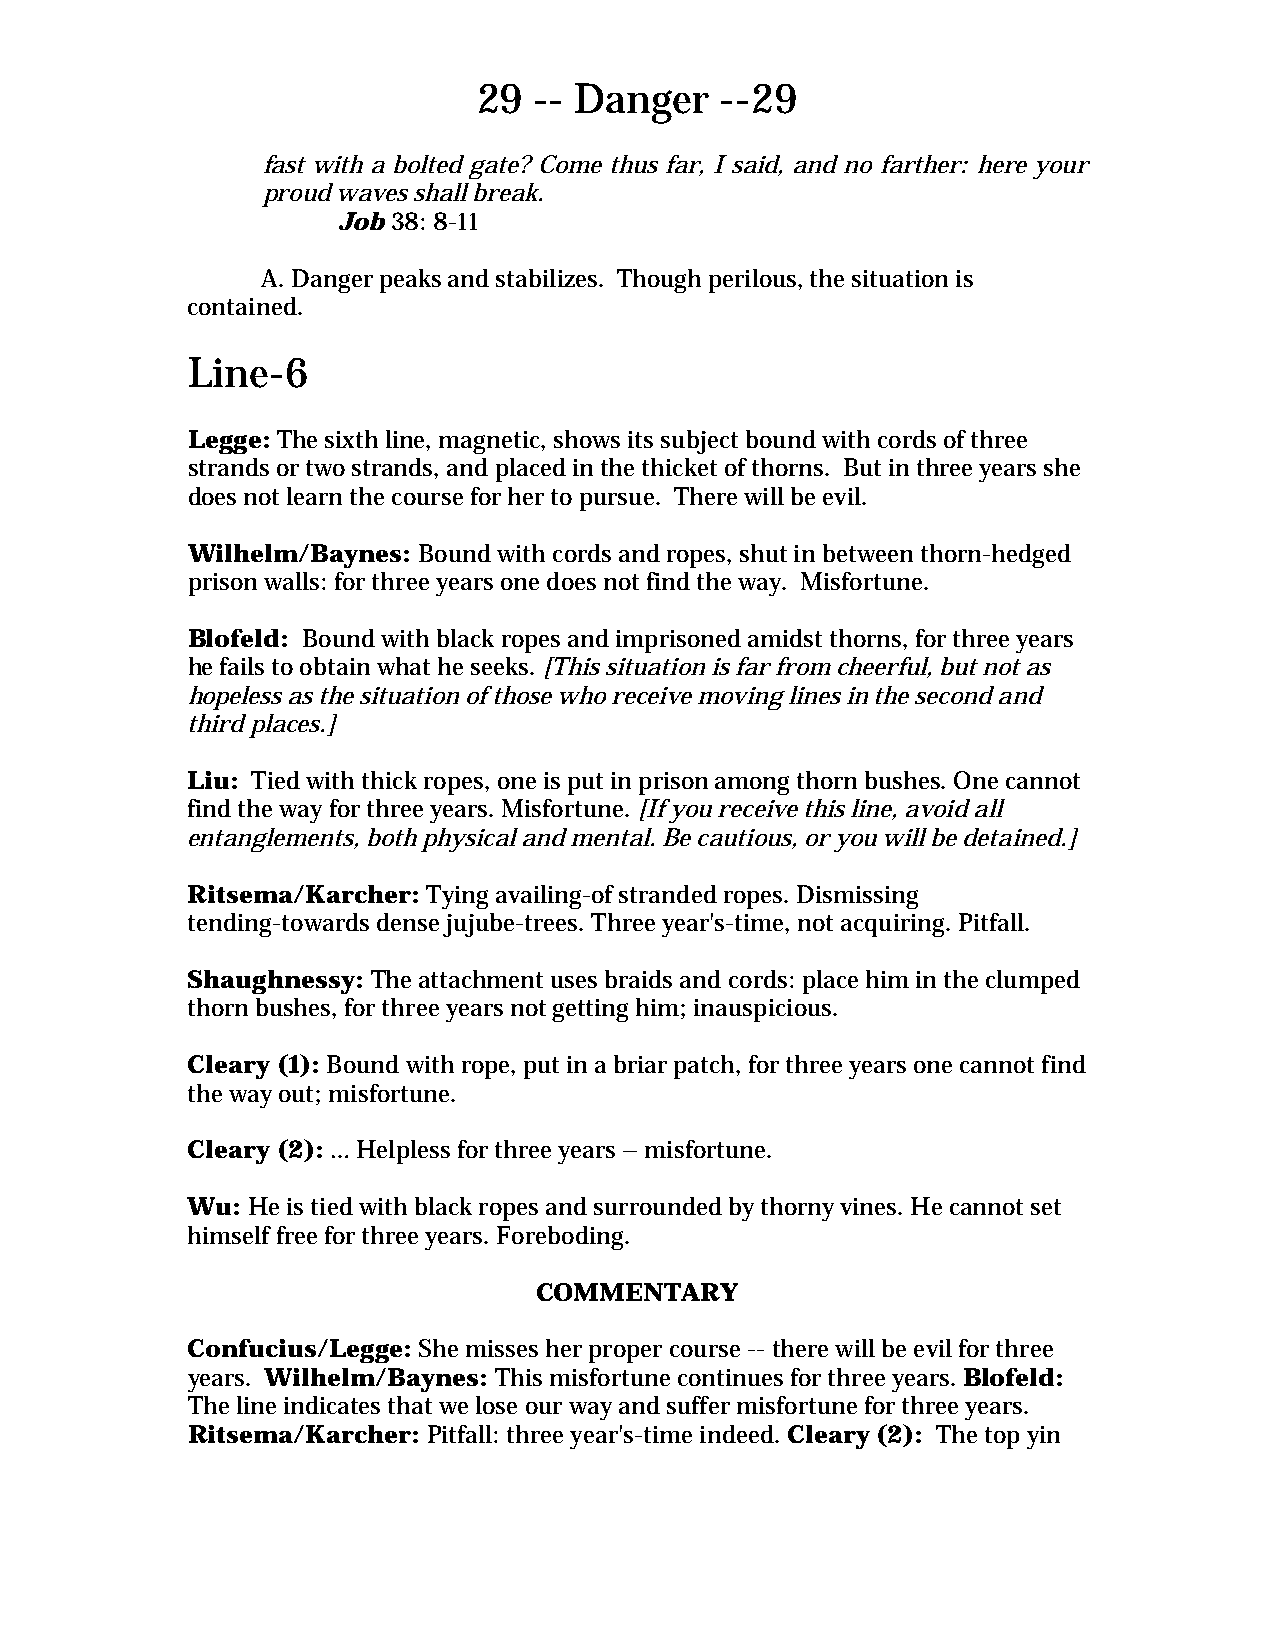
29 -- Danger    --29
 fast with a bolted gate? Come thus far, I said, and no farther: here your
 proud waves shall break.
 Job 38: 8-11
 A. Danger peaks and stabilizes. Though perilous, the situation is
 contained.
 Line-6
 Legge: The sixth line, magnetic, shows its subject bound with cords of three
 strands or two strands, and placed in the thicket of thorns. But in three years she
 does not learn the course for her to pursue. There will be evil.
 Wilhelm/Baynes: Bound with cords and ropes, shut in between thorn-hedged
 prison walls: for three years one does not find the way. Misfortune.
 Blofeld: Bound with black ropes and imprisoned amidst thorns, for three years
 he fails to obtain what he seeks. [This situation is far from cheerful, but not as
 hopeless as the situation of those who receive moving lines in the second and
 third places.]
 Liu: Tied with thick ropes, one is put in prison among thorn bushes. One cannot
 find the way for three years. Misfortune. [If you receive this line, avoid all
 entanglements, both physical and mental. Be cautious, or you will be detained.]
 Ritsema/Karcher: Tying availing-of stranded ropes. Dismissing
 tending-towards dense jujube-trees. Three year's-time, not acquiring. Pitfall.
 Shaughnessy: The attachment uses braids and cords: place him in the clumped
 thorn bushes, for three years not getting him; inauspicious.
 Cleary (1): Bound with rope, put in a briar patch, for three years one cannot find
 the way out; misfortune.
 Cleary (2): … Helpless for three years – misfortune.
 Wu: He is tied with black ropes and surrounded by thorny vines. He cannot set
 himself free for three years. Foreboding.
 COMMENTARY
 Confucius/Legge: She misses her proper course -- there will be evil for three
 years. Wilhelm/Baynes: This misfortune continues for three years. Blofeld:
 The line indicates that we lose our way and suffer misfortune for three years.
 Ritsema/Karcher: Pitfall: three year's-time indeed. Cleary (2): The top yin